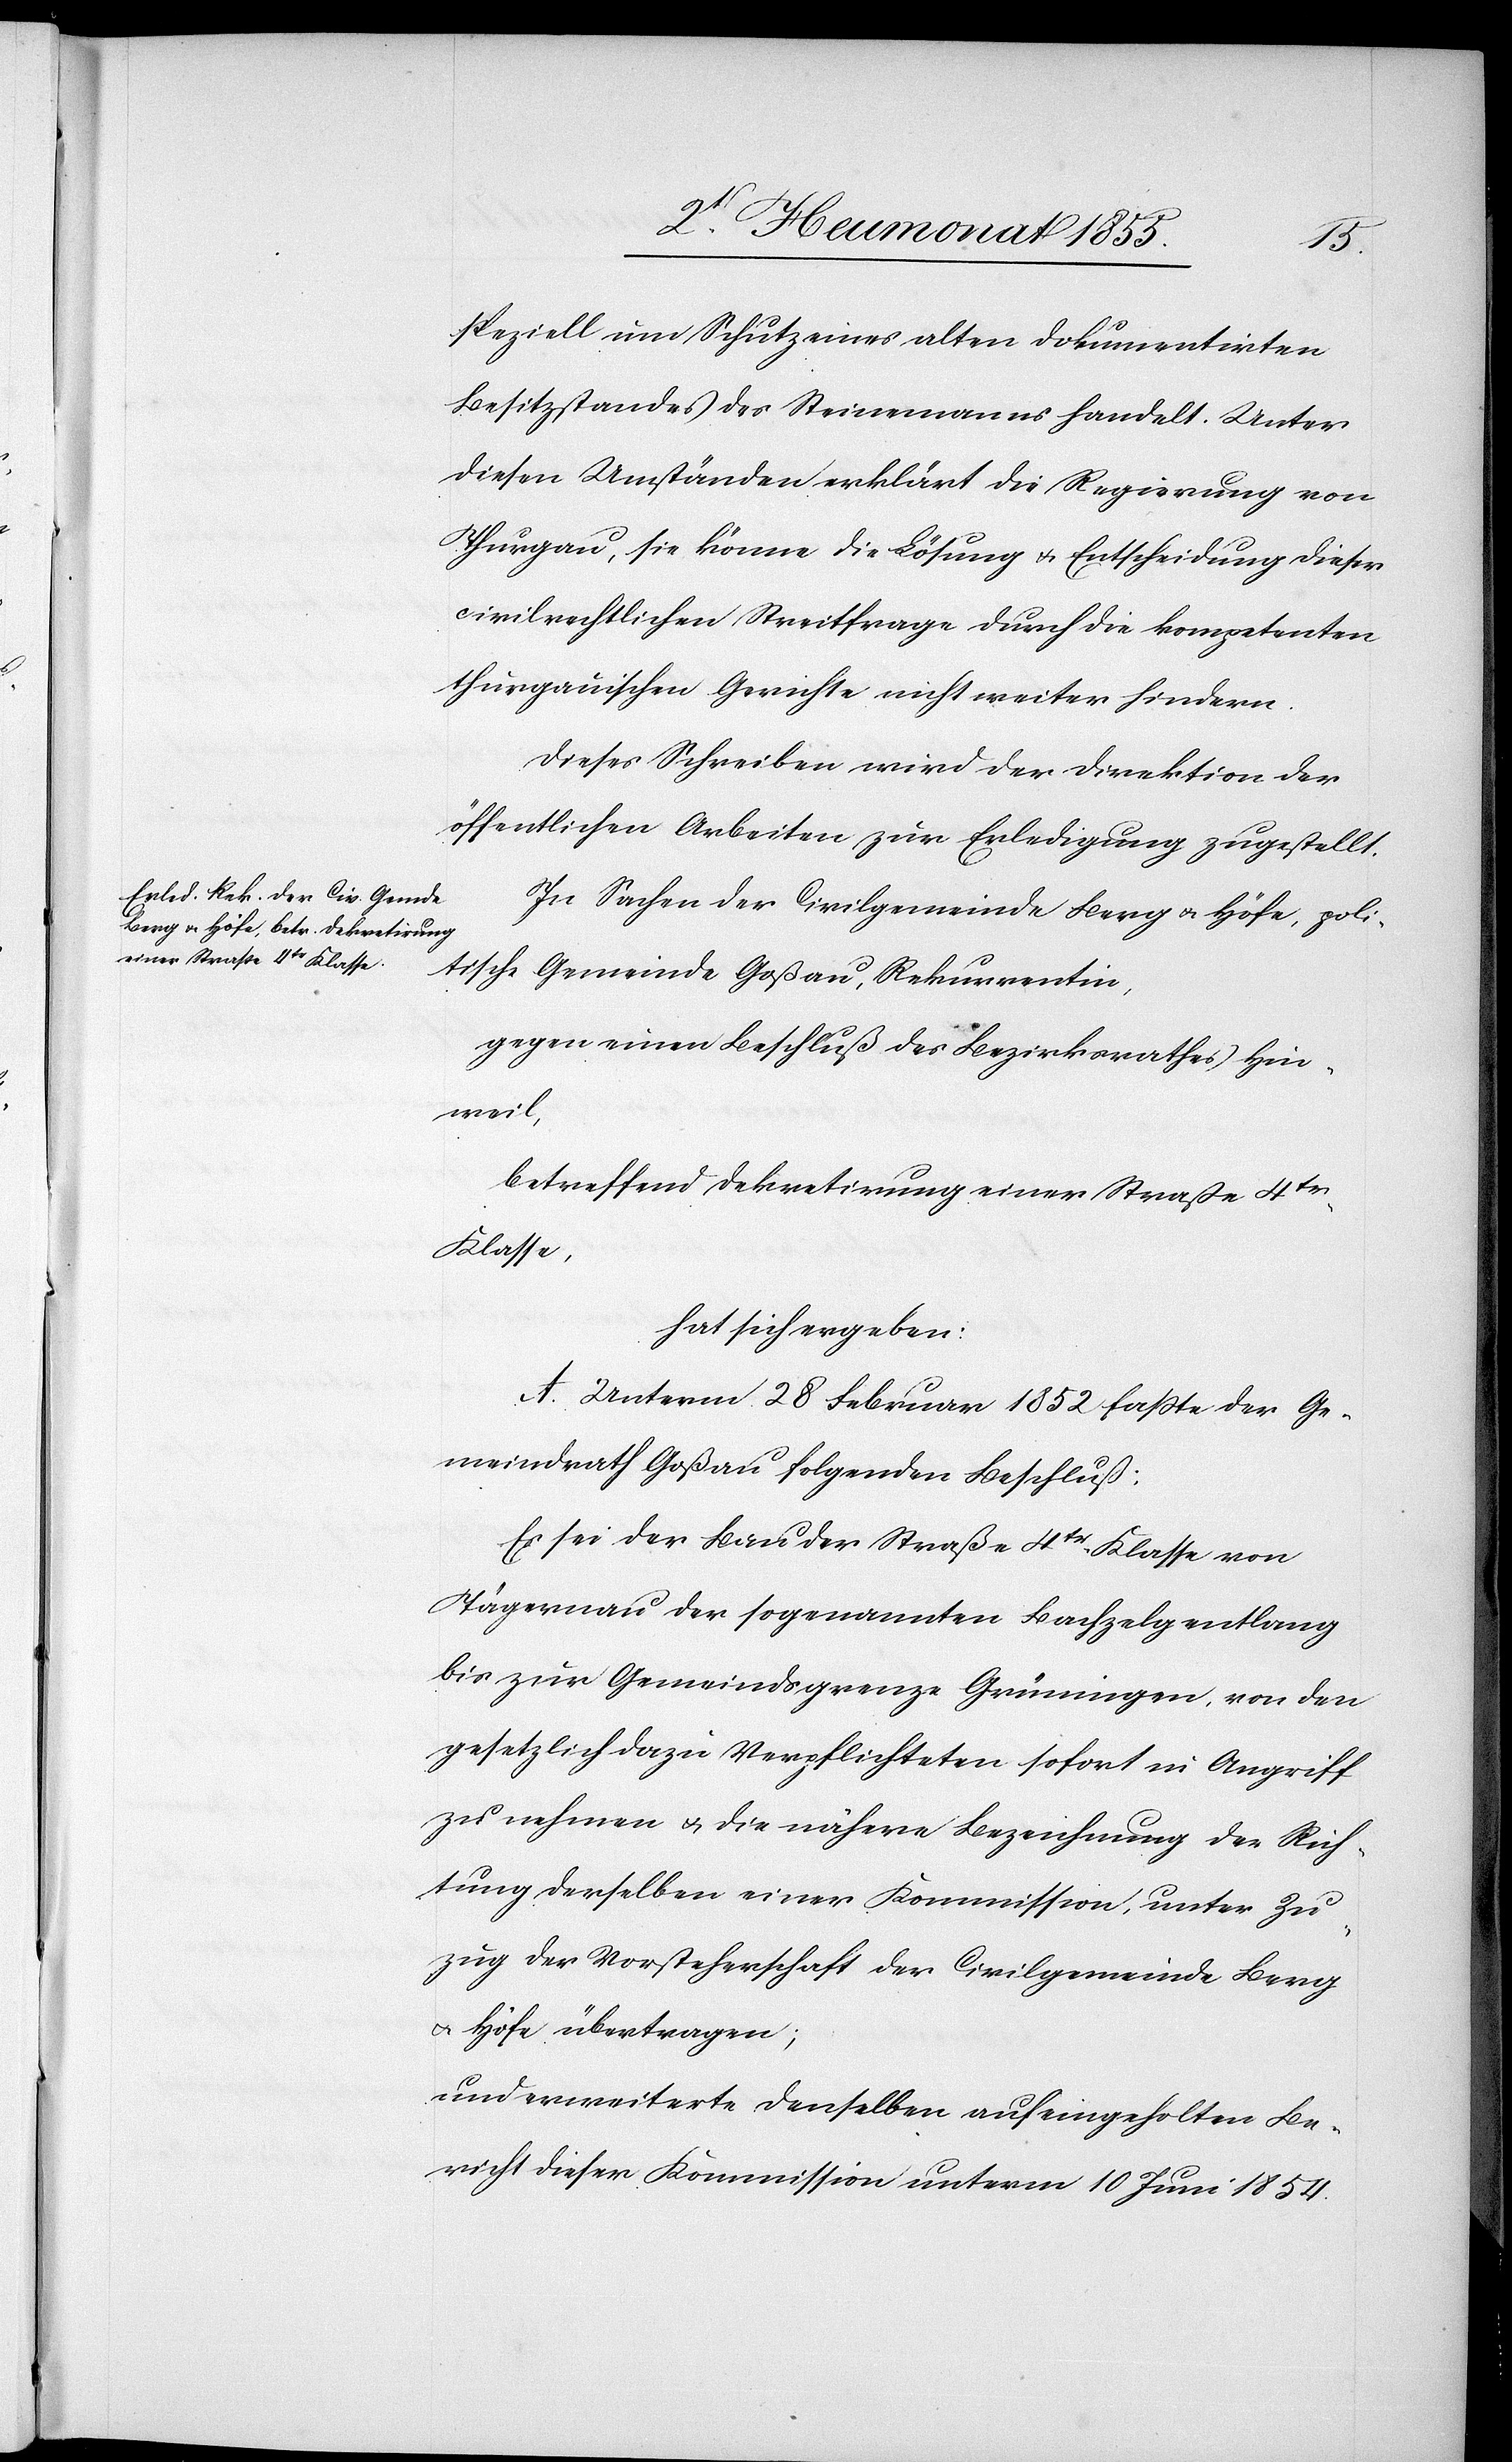
speziell um Schutz eines alten dokumentirten
Besitzstandes des Steinemanns handelt. Unter
diesen Umständen erklärt die Regierung von
Thurgau, sie könne die Lösung & Entscheidung dieser
civilrechtlichen Streitfrage durch die kompetenten
thurgauischen Gerichte nicht weiter hindern.
Dieses Schreiben wird der Direktion der
öffentlichen Arbeiten zur Erledigung zugestellt.
In Sachen der Civilgemeinde Berg & Höfe, poli¬
tische Gemeinde Goßau, Rekurrentin,
gegen einen Beschluß des Bezirksrathes Hin¬
weil,
betreffend Dekretirung einer Straße 4tr
Klasse,
hat sich ergeben:
A. Unterm 28 Februar 1852 faßte der Ge¬
meindrath Goßau folgenden Beschluß:
Es sei der Bau der Straße 4tr Klasse von
Tägernau der sogenannten Bachzelg entlang
bis zur Gemeindsgrenze Grüningen, von den
gesetzlich dazu Verpflichteten sofort in Angriff
zu nehmen & die nähere Bezeichnung der Rich¬
tung derselben einer Kommission, unter Zu¬
zug der Vorsteherschaft der Civilgemeinde Berg
& Höfe übertragen;
und erweiterte denselben auf eingeholten Be¬
richt dieser Kommission unterm 10 Juni 1854.